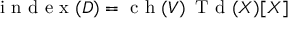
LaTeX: { \textrm { i n d e x } } ( D ) = { \textrm { c h } } ( V ) \, { \textrm { T d } } ( X ) [ X ]